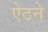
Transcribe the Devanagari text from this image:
ऐठने